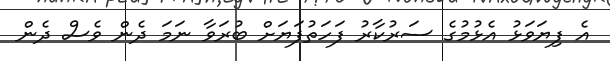
އެ ފިޔަވަޅު އެޅުމުގެ ސަރުކާރު ފަހަތުފަޔަށް ބުރަވާ ނަމަ ދެން ވެސް ދެން